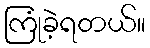
ကြုံခဲ့ရတယ်။